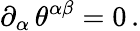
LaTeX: \partial_{\alpha}\, \theta^{\alpha\beta}=0\, .